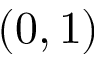
( 0 , 1 )